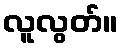
လူလွတ်။